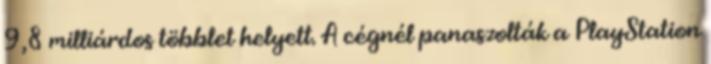
9,8 milliárdos többlet helyett. A cégnél panaszolták a PlayStation